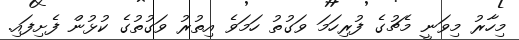
މިހާރު މިވަނީ މެޗުގެ ފުރިހަމަ ވަގުތު ހަމަވެ އިތުރު ވަގުތުގެ ކުޅުން ފެށިފައި.